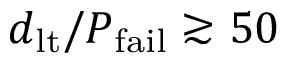
d _ { \mathrm { l t } } / P _ { \mathrm { f a i l } } \gtrsim 5 0